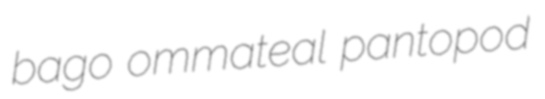
bago ommateal pantopod